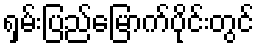
ရှမ်းပြည်မြောက်ပိုင်းတွင်